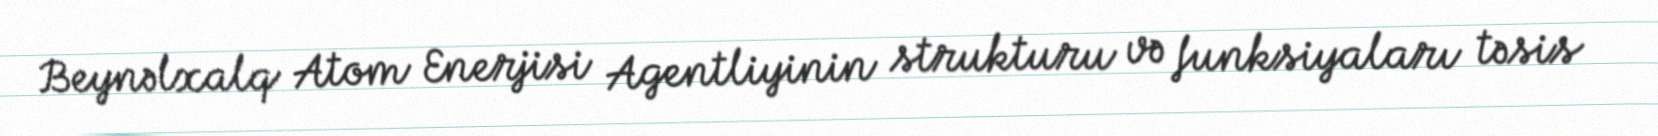
Beynəlxalq Atom Enerjisi Agentliyinin strukturu və funksiyaları təsis